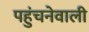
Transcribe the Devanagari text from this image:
पहुंचनेवाली